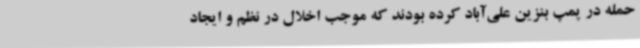
حمله در پمپ بنزین علی‌آباد کرده بودند که موجب اخلال در نظم و ایجاد